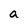
Character: a